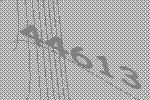
44613